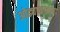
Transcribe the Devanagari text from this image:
ओढ्याकाठच्या